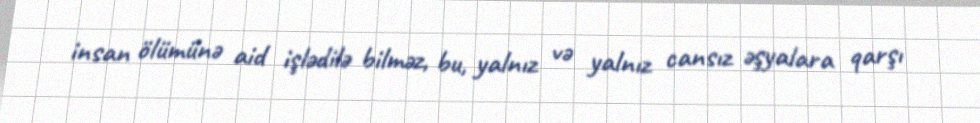
insan ölümünə aid işlədilə bilməz, bu, yalnız və yalnız cansız əşyalara qarşı